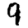
Digit: 9